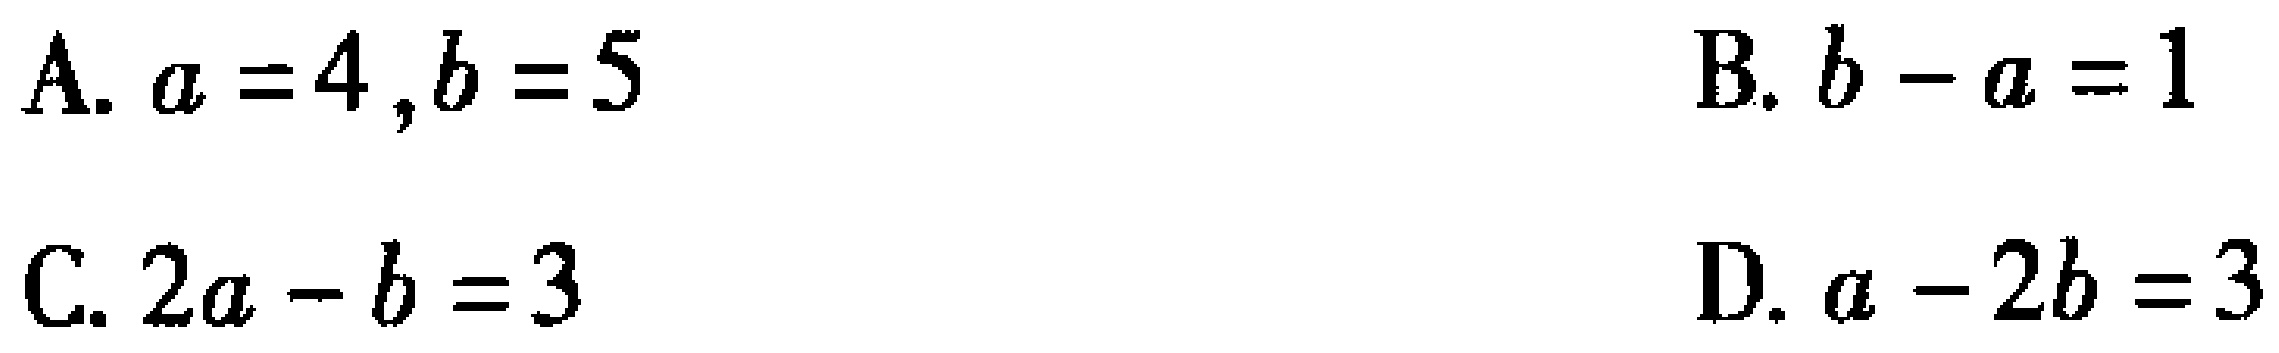
A. \(a = 4 ,b = 5\)
B. \(b - a = 1\)
C. \(2a - b = 3\)
D. \(a - 2b = 3\)